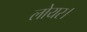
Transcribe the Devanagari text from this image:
लोयर।